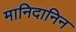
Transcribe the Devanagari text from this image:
मानिदानिन